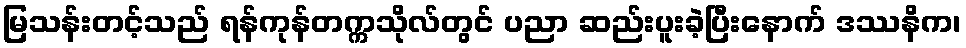
မြသန်းတင့်သည် ရန်ကုန်တက္ကသိုလ်တွင် ပညာ ဆည်းပူးခဲ့ပြီးနောက် ဒဿနိက၊